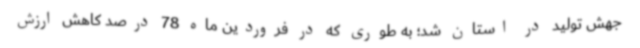
جهش تولید در استان شد؛ به طوری که در فروردین ماه 78 درصد کاهش ارزش